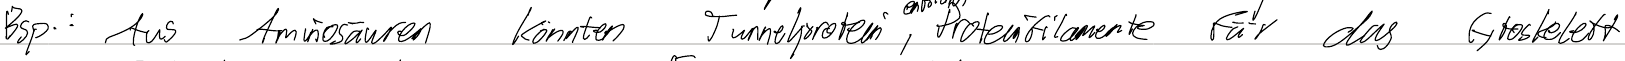
Bsp.: Aus Aminosäuren könnten Tunnelprotein, Proteinfilamente für das Cytoskelett